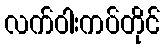
လက်ဝါးကပ်တိုင်